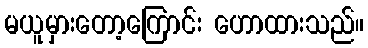
မယူမှားတော့ကြောင်း ဟောထားသည်။